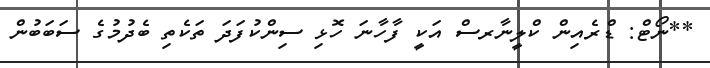
**ނޯޓް: ޑްރެއިން ކްލީނާރސް އަކީ ފާހާނަ ހޮޅި ސިންކުފަދަ ތަކެތި ބެދުމުގެ ސަބަބުން